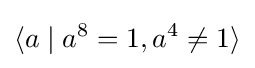
\langle a\mid a^{8}=1,a^{4}\neq 1\rangle